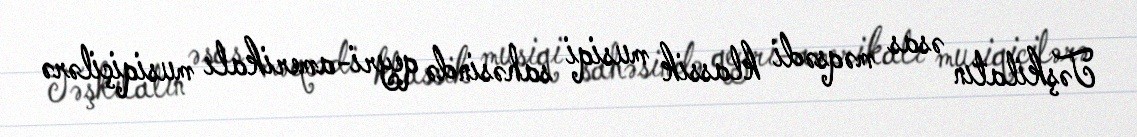
Təşkilatın əsas məqsədi klassik musiqi sahəsində qeyri-amerikalı musiqiçilərə